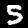
Digit: 5